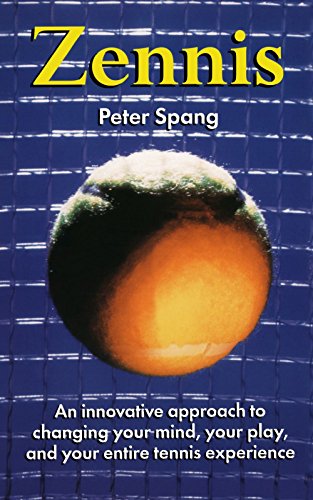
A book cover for Zennis; Peter Sprang; Sports & Outdoors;